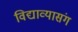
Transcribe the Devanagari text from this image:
विद्याव्यासंग